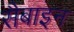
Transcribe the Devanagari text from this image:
सैबाइन